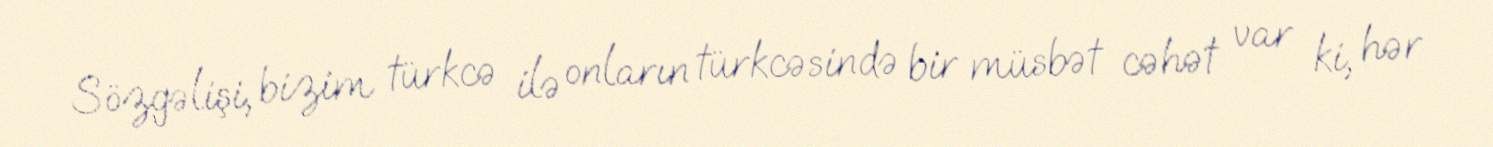
Sözgəlişi, bizim türkcə ilə onların türkcəsində bir müsbət cəhət var ki, hər